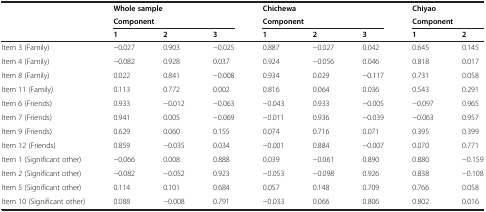
<table><thead><tr><td><b> </b></td><td colspan="3"><b>Whole sample</b></td><td colspan="3"><b>Chichewa</b></td><td colspan="2"><b>Chiyao</b></td></tr><tr><td><b> </b></td><td colspan="3"><b>Component</b></td><td colspan="3"><b>Component</b></td><td colspan="2"><b>Component</b></td></tr><tr><td><b> </b></td><td><b>1</b></td><td><b>2</b></td><td><b>3</b></td><td><b>1</b></td><td><b>2</b></td><td><b>3</b></td><td><b>1</b></td><td><b>2</b></td></tr></thead><tbody><tr><td>Item 3 (Family)</td><td>-0.027</td><td>0.903</td><td>-0.025</td><td>0.887</td><td>-0.027</td><td>0.042</td><td>0.645</td><td>0.145</td></tr><tr><td>Item 4 (Family)</td><td>-0.082</td><td>0.928</td><td>0.037</td><td>0.924</td><td>-0.056</td><td>0.046</td><td>0.818</td><td>0.017</td></tr><tr><td>Item 8 (Family)</td><td>0.022</td><td>0.841</td><td>-0.008</td><td>0.934</td><td>0.029</td><td>-0.117</td><td>0.731</td><td>0.058</td></tr><tr><td>Item 11 (Family)</td><td>0.113</td><td>0.772</td><td>0.002</td><td>0.816</td><td>0.064</td><td>0.036</td><td>0.543</td><td>0.291</td></tr><tr><td>Item 6 (Friends)</td><td>0.933</td><td>-0.012</td><td>-0.063</td><td>-0.043</td><td>0.933</td><td>-0.005</td><td>-0.097</td><td>0.965</td></tr><tr><td>Item 7 (Friends)</td><td>0.941</td><td>0.005</td><td>-0.069</td><td>-0.011</td><td>0.936</td><td>-0.039</td><td>-0.063</td><td>0.957</td></tr><tr><td>Item 9 (Friends)</td><td>0.629</td><td>0.060</td><td>0.155</td><td>0.074</td><td>0.716</td><td>0.071</td><td>0.395</td><td>0.399</td></tr><tr><td>Item 12 (Friends)</td><td>0.859</td><td>-0.035</td><td>0.034</td><td>-0.001</td><td>0.884</td><td>-0.007</td><td>0.070</td><td>0.771</td></tr><tr><td>Item 1 (Significant other)</td><td>-0.066</td><td>0.008</td><td>0.888</td><td>0.039</td><td>-0.061</td><td>0.890</td><td>0.880</td><td>-0.159</td></tr><tr><td>Item 2 (Significant other)</td><td>-0.082</td><td>-0.052</td><td>0.923</td><td>-0.053</td><td>-0.098</td><td>0.926</td><td>0.838</td><td>-0.108</td></tr><tr><td>Item 5 (Significant other)</td><td>0.114</td><td>0.101</td><td>0.684</td><td>0.057</td><td>0.148</td><td>0.709</td><td>0.766</td><td>0.058</td></tr><tr><td>Item 10 (Significant other)</td><td>0.088</td><td>-0.008</td><td>0.791</td><td>-0.033</td><td>0.066</td><td>0.806</td><td>0.802</td><td>0.016</td></tr></tbody></table>